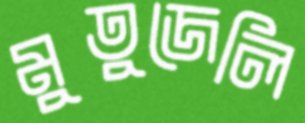
মুতুজেলি